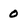
Character: 0